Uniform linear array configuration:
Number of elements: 16
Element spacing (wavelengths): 0.5
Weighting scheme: uniform
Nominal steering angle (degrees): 60
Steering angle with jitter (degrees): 59.908
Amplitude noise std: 0.05
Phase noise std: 0.05

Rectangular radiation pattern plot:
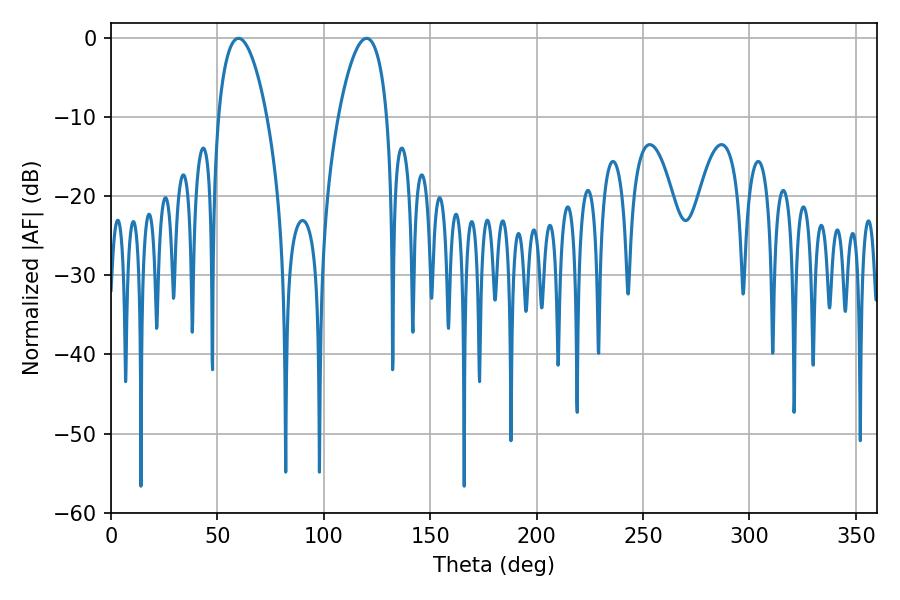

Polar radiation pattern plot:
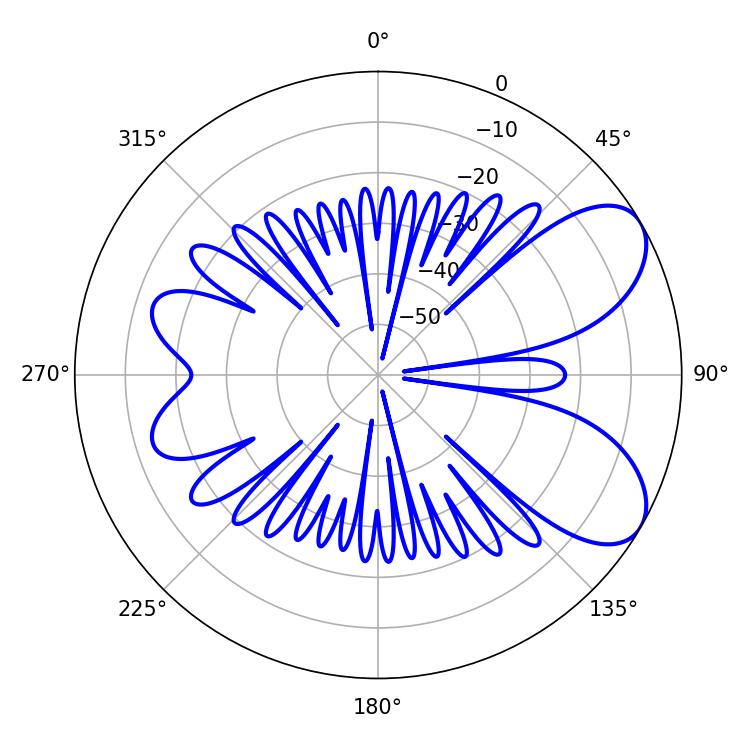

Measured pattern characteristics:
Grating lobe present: FALSE
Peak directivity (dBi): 7.088
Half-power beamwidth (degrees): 12.78
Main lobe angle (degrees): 59.94